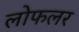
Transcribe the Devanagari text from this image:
लोफलर